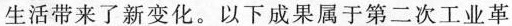
生活带来了新变化。以下成果属于第二次工业革